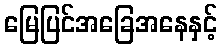
မြေပြင်အခြေအနေနှင့်